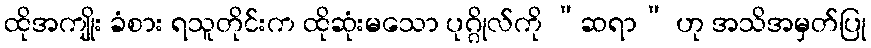
ထိုအကျိုး ခံစား ရသူတိုင်းက ထိုဆုံးမသော ပုဂ္ဂိုလ်ကို “ဆရာ” ဟု အသိအမှတ်ပြု